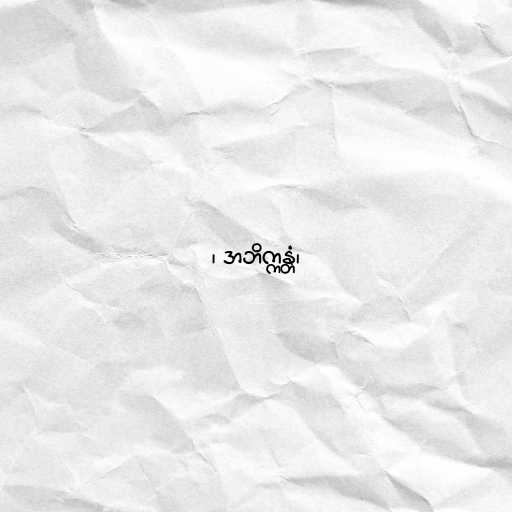
၊ အဘိက္ကန္တံ၊